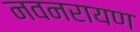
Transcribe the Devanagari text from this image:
नवनरायण